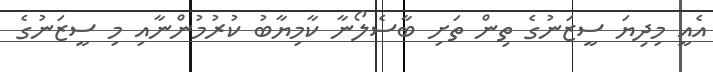
އެއީ މިދިޔަ ސީޒަނުގެ ތިން ތަށި ބާސެލޯނާ ކާމިޔާބު ކުރުމުންނާއި މި ސީޒަނުގެ